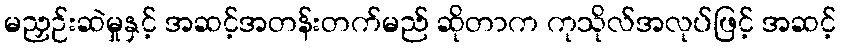
မညှဉ်းဆဲမှုနှင့် အဆင့်အတန်းတက်မည် ဆိုတာက ကုသိုလ်အလုပ်ဖြင့် အဆင့်